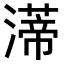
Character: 𤀐